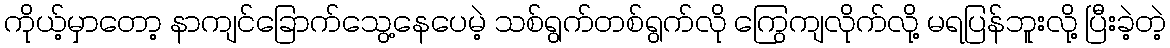
ကိုယ့်မှာတော့ နာကျင်ခြောက်သွေ့နေပေမဲ့ သစ်ရွက်တစ်ရွက်လို ကြွေကျလိုက်လို့ မရပြန်ဘူးလို့ ပြီးခဲ့တဲ့